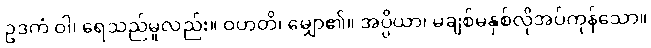
ဥဒကံ ဝါ၊ ရေသည်မူလည်း။ ဝဟတိ၊ မျှော၏။ အပ္ပိယာ၊ မချစ်မနှစ်လိုအပ်ကုန်သော။